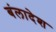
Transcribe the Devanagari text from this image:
बंलादेश